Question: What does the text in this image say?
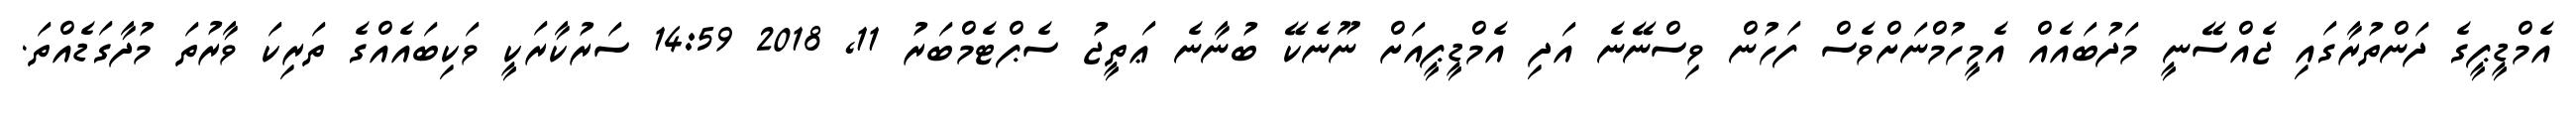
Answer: އެމްޑީޕީގެ ދަންތުރާގައި ޖެއްސޭނީ މަދުބައެއް އެމީހުމްނަށްވެސް ފަހުން ވިސްނޭނެ އަދި އެމްޑީޕީއަށް ނޫނެކޭ ބުނާނެ ޢަތީޖު ސެޕްޓެމްބަރު 11, 2018 14:59 ސަރުކާރަކީ ވަކިބައެއްގެ ތަރިކަ ވާރުތަ މުދާގަޑެއްތަ.